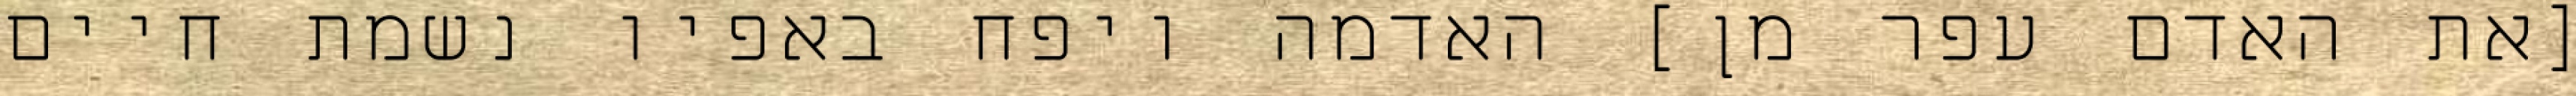
[את האדם עפר מן] האדמה ויפח באפיו נשמת חיים